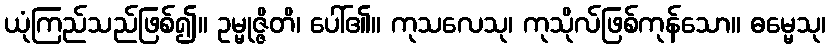
ယုံကြည်သည်ဖြစ်၍။ ဥမ္မုဇ္ဇိတိ၊ ပေါ်၏။ ကုသလေသု၊ ကုသိုလ်ဖြစ်ကုန်သော။ ဓမ္မေသု၊